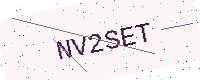
Text: NV2SET